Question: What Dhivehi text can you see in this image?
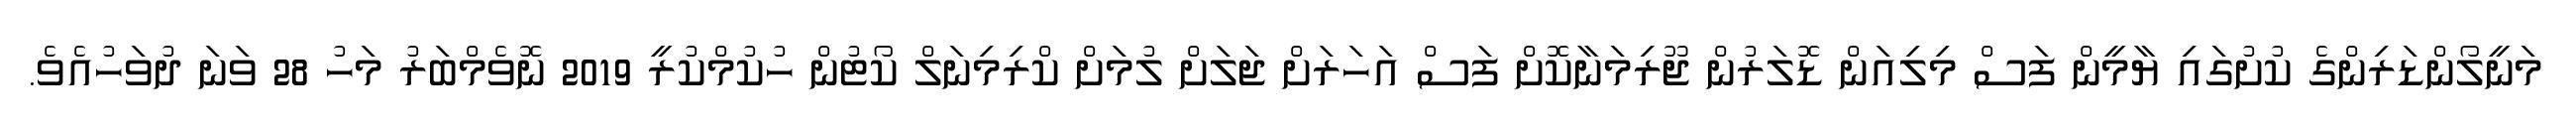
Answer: މަނީލޯންޑަރިންގެ ކުށުގައި ޔާމީން ފަސް މިލިއަން ޑޮލަރުން ޖޫރިމަނާކޮށް ފަސް އަހަރަށް ޖަލަށް ލުމަށް ކްރިމިނަލް ކޯޓުން ހުކުމްކުރީ 2019 ނޮވެމްބަރު މަހު 28 ވަނަ ދުވަހުއެވެ.